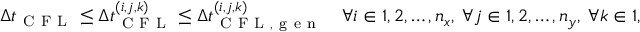
\Delta t _ { \mathrm { ~ C ~ F ~ L ~ } } \le \Delta t _ { \mathrm { ~ C ~ F ~ L ~ } } ^ { ( i , j , k ) } \le \Delta t _ { \mathrm { ~ C ~ F ~ L ~ , ~ g ~ e ~ n ~ } } ^ { ( i , j , k ) } \quad \forall i \in { 1 , 2 , \hdots , n _ { x } } , \ \forall j \in { 1 , 2 , \hdots , n _ { y } } , \ \forall k \in { 1 , 2 , \hdots , n _ { z } } \, .